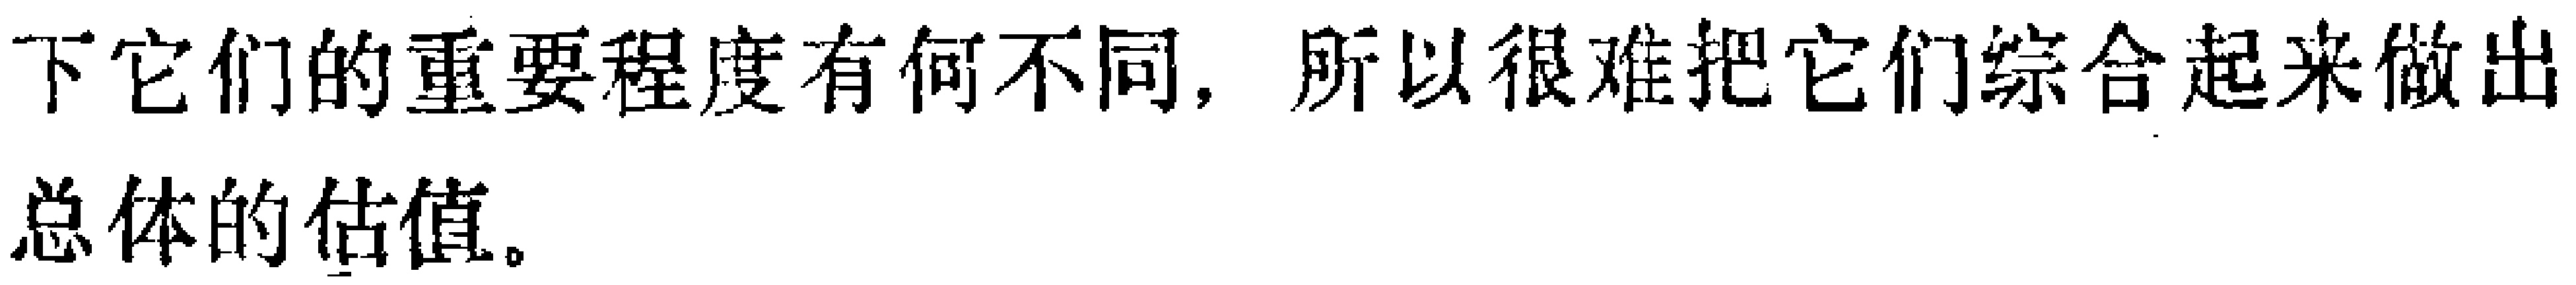
下它们的重要程度有何不同, 所以很难把它们综合起来做出总体的估值。